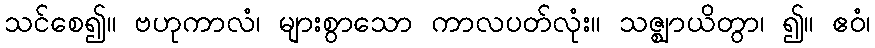
သင်စေ၍။ ဗဟုကာလံ၊ များစွာသော ကာလပတ်လုံး။ သဇ္ဈာယိတွာ၊ ၍။ ဧဝံ၊